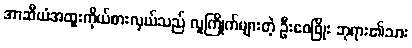
အာဆီယံအထူးကိုယ်စားလှယ်သည် လူကြိုက်များတဲ့ ဦးဝေဖြိုး ဘုရား၏သား